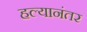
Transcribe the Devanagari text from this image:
हल्यानंतर